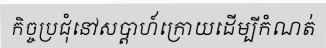
កិច្ចប្រជុំនៅសប្តាហ៍ក្រោយដើម្បីកំណត់